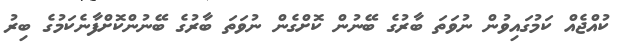
ކުއްޖެއް ކަމުގައިވުން ނުވަތަ ބާރުގެ ބޭނުން ކޮށްގެން ނުވަތަ ބާރުގެ ބޭނުންކޮށްފާނެކަމުގެ ބިރު